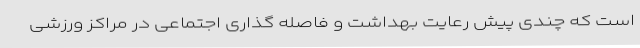
است که چندی پیش رعایت بهداشت و فاصله گذاری اجتماعی در مراکز ورزشی